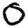
Digit: 0